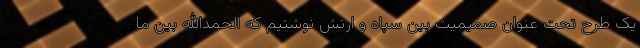
یک طرح تحت عنوان صمیمیت بین سپاه و ارتش نوشتیم که الحمدالله بین ما